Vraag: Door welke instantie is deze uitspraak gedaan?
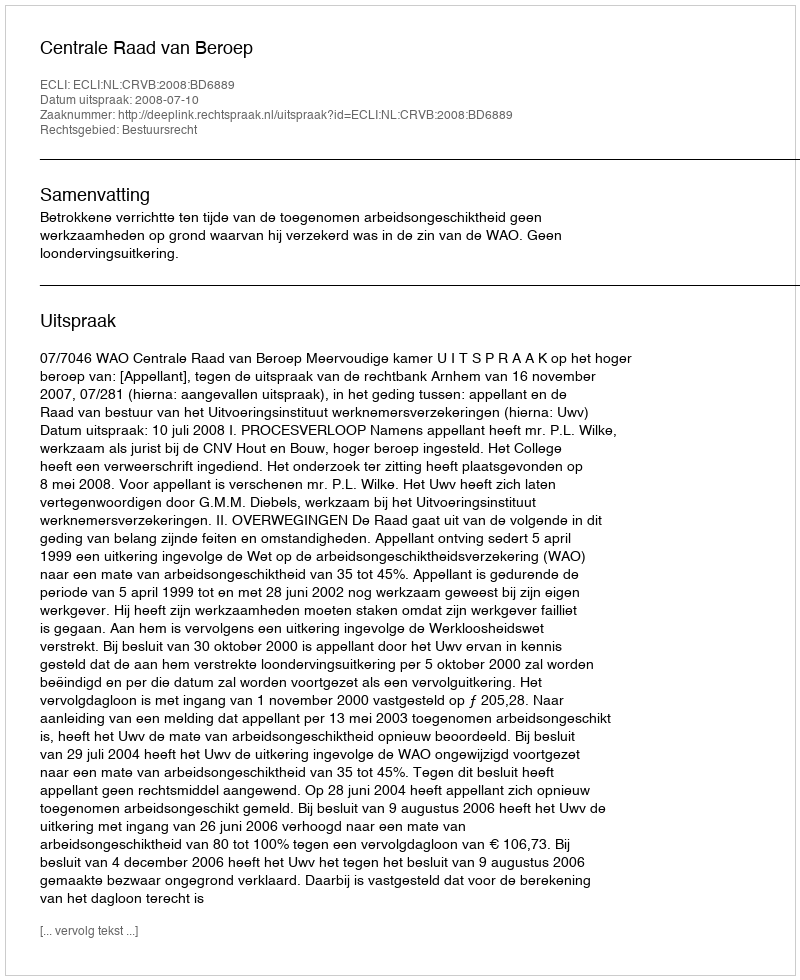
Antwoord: Centrale Raad van Beroep